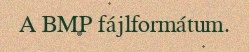
A BMP fájlformátum.